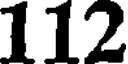
112